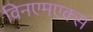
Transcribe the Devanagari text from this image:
विनएमएक्स